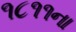
૧૮૧૧ના